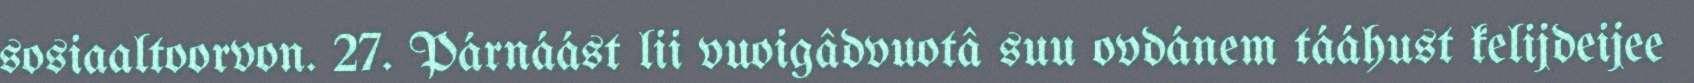
sosiaaltoorvon. 27. Párnáást lii vuoigâdvuotâ suu ovdánem tááhust kelijdeijee